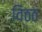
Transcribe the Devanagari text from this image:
विठठ